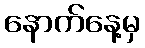
နောက်နေ့မှ